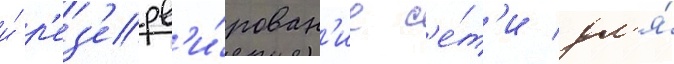
и́ р'ез'ерв'и́рован'ие с'е́т'и дл'я́